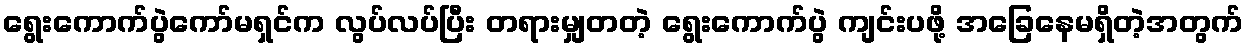
ရွေးကောက်ပွဲကော်မရှင်က လွပ်လပ်ပြီး တရားမျှတတဲ့ ရွေးကောက်ပွဲ ကျင်းပဖို့ အခြေနေမရှိတဲ့အတွက်